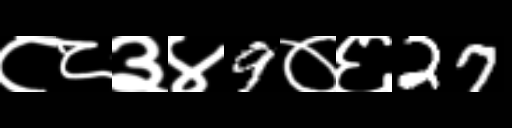
Text: ८८३४9०६27